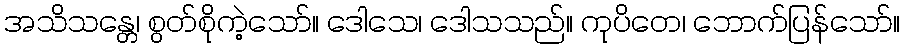
အသိသန္တေ၊ စွတ်စိုကဲ့သော်။ ဒေါသေ၊ ဒေါသသည်။ ကုပိတေ၊ ဘောက်ပြန်သော်။